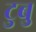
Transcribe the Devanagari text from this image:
टुबु